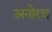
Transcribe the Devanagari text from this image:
अनोरथ